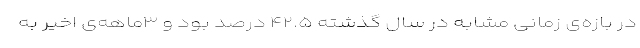
در بازه‌ی زمانی مشابه در سال گذشته ۴۲.۵ درصد بود و ۳ماهه‌ی اخیر به